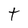
Character: t